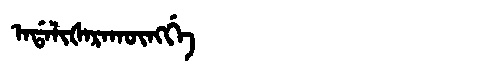
Manchu: ᠠᡩᠠᠯᡳᡧᠠᡵᠠᡴᡡᠩᡤᡝ
Romanization: ADALIŠARAKŪNGGE